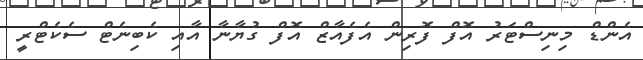
އެންޑް މިނިސްޓަރު އޮފް ފޮރިން އެފެއާޒް އޮފް ގުޔާނާ އާއި ކެބިނެޓް ސެކެޓްރީ